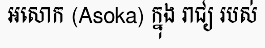
អសោក (Asoka) ក្នុង រាជ្យ របស់